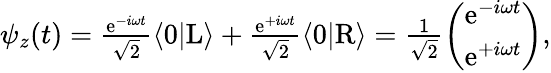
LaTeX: \begin{array}{r}{\psi_{z}(t)=\frac{\mathrm{e}^{-i\omega t}}{\sqrt{2}}\langle 0|\mathrm{L}\rangle+\frac{\mathrm{e}^{+i\omega t}}{\sqrt{2}}\langle 0|\mathrm{R}\rangle=\frac{1}{\sqrt{2}}\left(\begin{array}{c}{\mathrm{e}^{-i\omega t}}\\ {\mathrm{e}^{+i\omega t}}\end{array}\right),}\end{array}